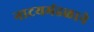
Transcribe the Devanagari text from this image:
नाटयमंडळाने